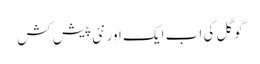
گوگل کی اب ایک اور نئی پیش کش